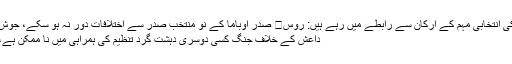
ٹرمپ کی انتخابی مہم کے ارکان سے رابطے میں رہے ہیں: روس	 صدر اوباما کے نو منتخب صدر سے اختلافات دور نہ ہو سکے، جوش ارنسٹ
داعش کے خلاف جنگ کسی دوسری دہشت گرد تنظیم کی ہمراہی میں نا ممکن ہے، صد…